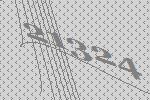
21324